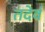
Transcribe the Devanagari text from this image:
तदेवं